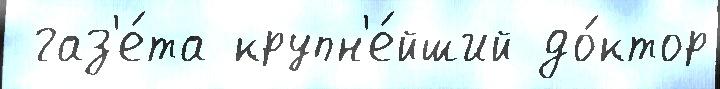
 газ'е́та крупн'е́йший до́ктор